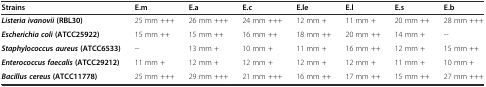
<table><thead><tr><td><b>Strains</b></td><td><b>E.m</b></td><td><b>E.a</b></td><td><b>E.c</b></td><td><b>E.le</b></td><td><b>E.l</b></td><td><b>E.s</b></td><td><b>E.b</b></td></tr></thead><tbody><tr><td><b><i>Listeria ivanovii</i></b><b>(RBL30)</b></td><td>25 mm +++</td><td>26 mm +++</td><td>24 mm +++</td><td>12 mm +</td><td>11 mm +</td><td>20 mm ++</td><td>28 mm +++</td></tr><tr><td><b><i>Escherichia coli</i></b><b>(ATCC25922)</b></td><td>15 mm ++</td><td>15 mm ++</td><td>16 mm ++</td><td>18 mm ++</td><td>20 mm ++</td><td>14 mm +</td><td>--</td></tr><tr><td><b><i>Staphylococcu</i></b><b>s</b><b><i>aureus</i></b><b>(ATCC6533)</b></td><td>--</td><td>13 mm +</td><td>10 mm +</td><td>11 mm +</td><td>16 mm ++</td><td>12 mm +</td><td>15 mm ++</td></tr><tr><td><b><i>Enterococcus faecalis</i></b><b>(ATCC29212)</b></td><td>11 mm +</td><td>12 mm +</td><td>12 mm +</td><td>12 mm +</td><td>12 mm +</td><td>11 mm +</td><td>10 mm +</td></tr><tr><td><b><i>Bacillus cereus</i></b><b>(ATCC11778)</b></td><td>25 mm +++</td><td>29 mm +++</td><td>21 mm +++</td><td>16 mm ++</td><td>17 mm ++</td><td>15 mm ++</td><td>27 mm +++</td></tr></tbody></table>